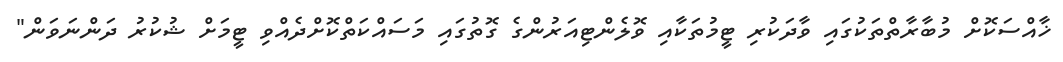
ޚާއްސަކޮށް މުބާރާތްތަކުގައި ވާދަކުރި ޓީމުތަކާއި ވޮލެންޓިއަރުންގެ ގޮތުގައި މަސައްކަތްކޮށްދެއްވި ޓީމަށް ޝުކުރު ދަންނަވަން"